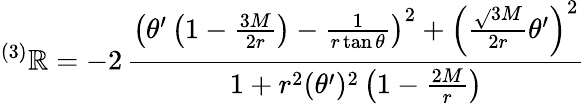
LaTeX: ^{(3)}\mathbb{R}=-2\, \frac{{\left(\theta^{\prime}\left(1-\frac{{3M}}{{2r}}\right)-\frac{{1}}{{r\tan\theta}}\right)^{2}+\left(\frac{{\sqrt{}{{3}}M}}{{2r}}\theta^{\prime}\right)^{2}}}{{1+r^{2}(\theta^{\prime})^{2}\left(1-\frac{{2M}}{{r}}\right)}}